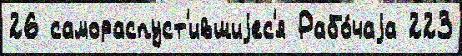
26 самораспуст'ившиjес'я Рабо́чаjа 223